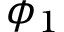
\phi _ { 1 }